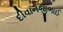
દીવાનજીભાઈ